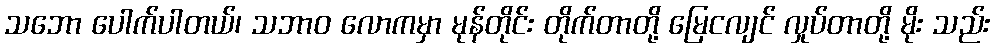
သဘော ပေါက်ပါတယ်၊ သဘာဝ လောကမှာ မုန်တိုင်း တိုက်တာတို့ မြေငလျင် လှုပ်တာတို့ မိုး သည်း